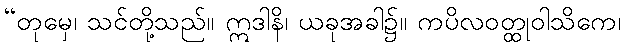
“တုမှေ၊ သင်တို့သည်။ ဣဒါနိ၊ ယခုအခါ၌။ ကပိလဝတ္ထုဝါသိကေ၊